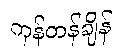
ကုန်တန်ချိန်